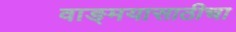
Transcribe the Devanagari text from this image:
वाङ्‌मयासाठीचा